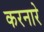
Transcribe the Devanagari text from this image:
करनारे